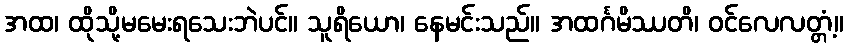
အထ၊ ထိုသို့မမေးရသေးဘဲပင်။ သူရိယော၊ နေမင်းသည်။ အထင်္ဂမိဿတိ၊ ဝင်လေလတ္တံ့။